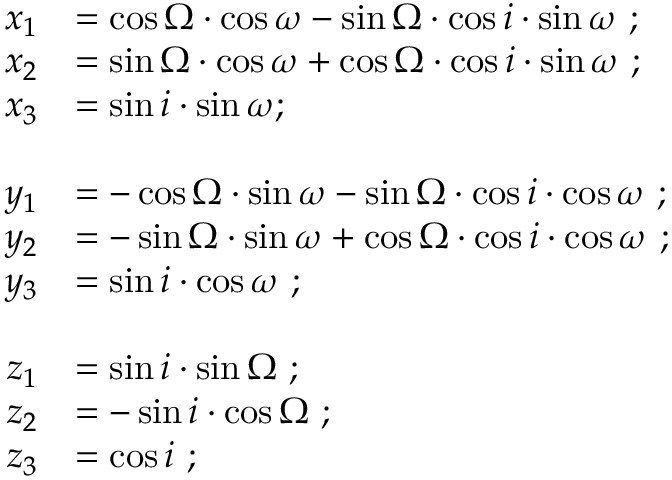
{ \begin{array} { r l } { x _ { 1 } } & { = \cos \Omega \cdot \cos \omega - \sin \Omega \cdot \cos i \cdot \sin \omega \ ; } \\ { x _ { 2 } } & { = \sin \Omega \cdot \cos \omega + \cos \Omega \cdot \cos i \cdot \sin \omega \ ; } \\ { x _ { 3 } } & { = \sin i \cdot \sin \omega ; } \\ { \, } \\ { y _ { 1 } } & { = - \cos \Omega \cdot \sin \omega - \sin \Omega \cdot \cos i \cdot \cos \omega \ ; } \\ { y _ { 2 } } & { = - \sin \Omega \cdot \sin \omega + \cos \Omega \cdot \cos i \cdot \cos \omega \ ; } \\ { y _ { 3 } } & { = \sin i \cdot \cos \omega \ ; } \\ { \, } \\ { z _ { 1 } } & { = \sin i \cdot \sin \Omega \ ; } \\ { z _ { 2 } } & { = - \sin i \cdot \cos \Omega \ ; } \\ { z _ { 3 } } & { = \cos i \ ; } \end{array} }